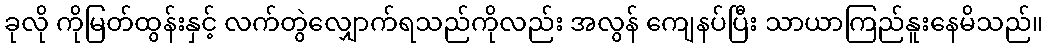
ခုလို ကိုမြတ်ထွန်းနှင့် လက်တွဲလျှောက်ရသည်ကိုလည်း အလွန် ကျေနပ်ပြီး သာယာကြည်နူးနေမိသည်။